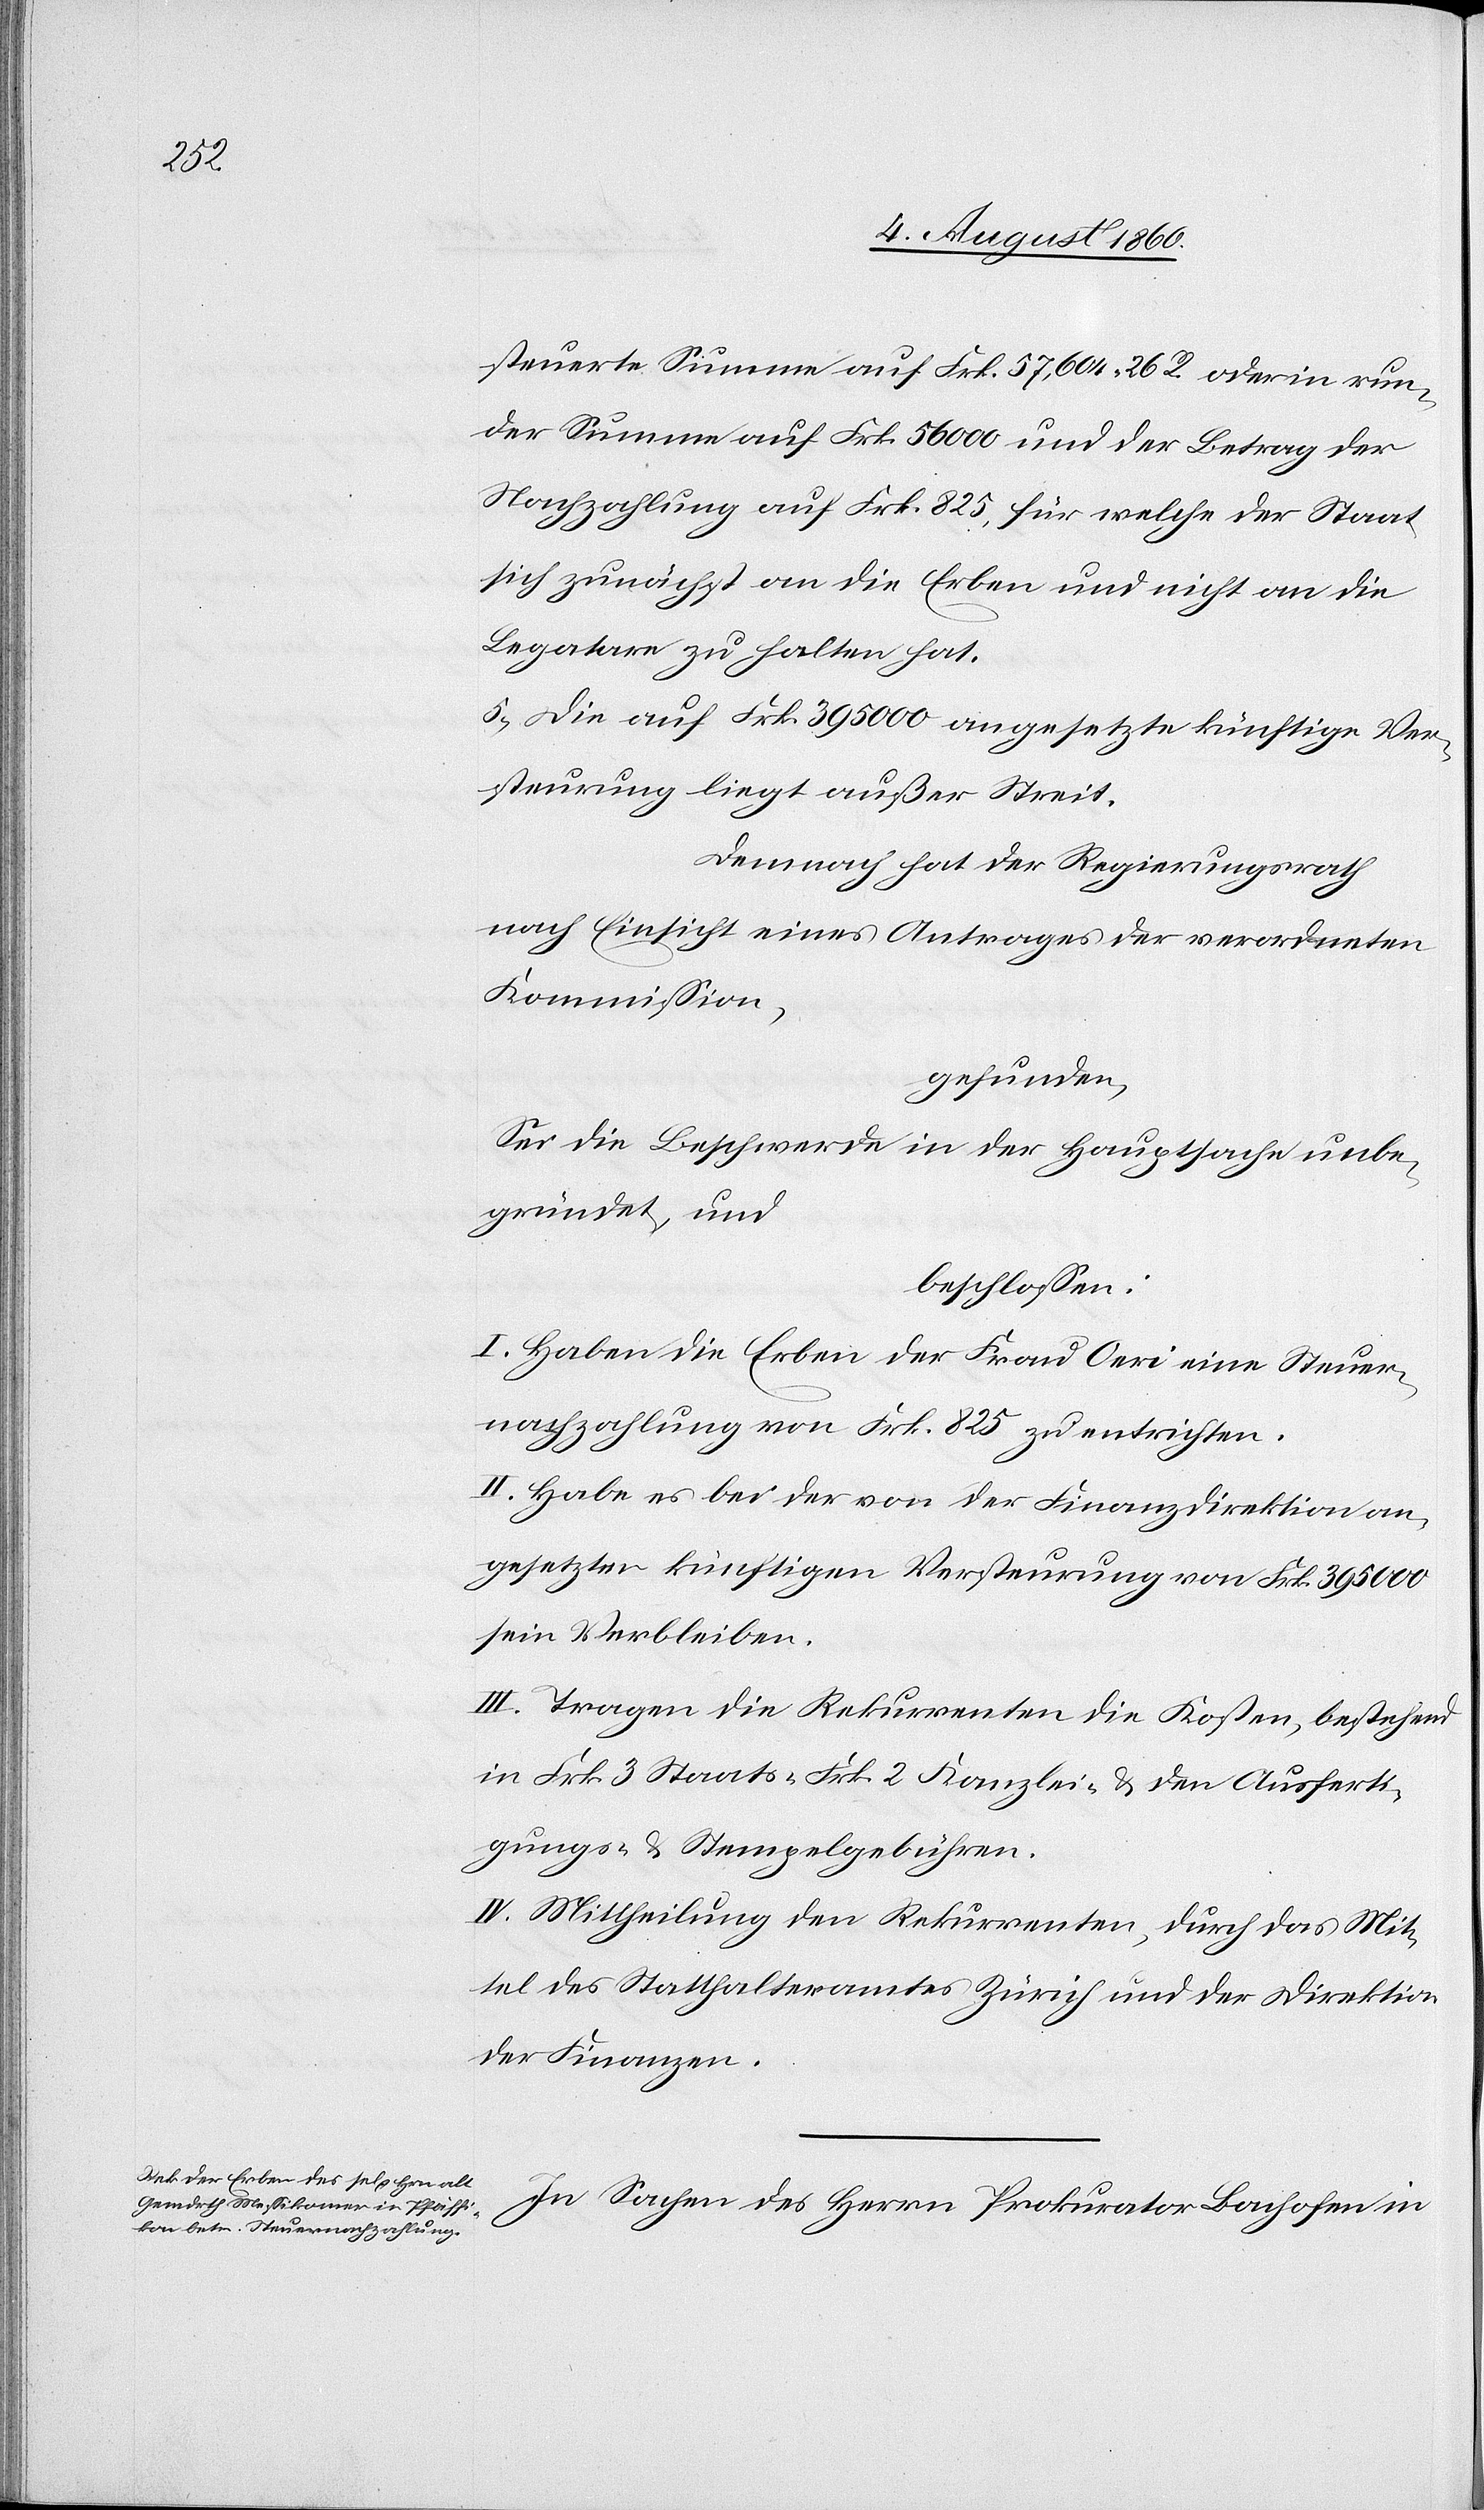
steuerte Summe auf fcs. 57,604 26C oder in run¬
der Summe auf fcs. 56 000 und der Betrag der
Nachzahlung auf fcs. 825, für welche der Staat
sich zunächst an die Erben und nicht an die
Legatare zu halten hat.
5. Die auf fcs. 395 000 angesetzte künftige Ver¬
steuerung liegt ausser Streit.
Demnach hat der Regierungsrath,
nach Einsicht eines Antrages der verordneten
Kommission,
gefunden;
Sei die Beschwerde in der Hauptsache unbe¬
gründet und
beschlossen:
I. Haben die Erben der Frau Oeri eine Steuer¬
nachzahlung von fcs. 825 zu entrichten.
II. Habe es bei der von der Finanzdirektion an¬
gesetzten künftigen Versteurung von fcs. 395 000.
sein Verbleiben.
III. Tragen die Rekurrenten die Kosten, bestehend
in fcs. 3 Staats- fcs. 2. Kanzlei- nebst den Ausferti¬
gungs- und Stempelgebühren.
IV. Mittheilung den Rekurrenten durch das Mit¬
tel des Statthalteramtes Zürich u. der Direktion
der Finanzen.
In Sachen des Herrn Prokurator Bachofen in